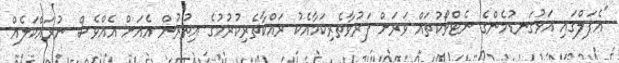
"އެޕަލްގައި އަޅުގަނޑުމެންގެ ނެޓްވޯކުތައް ވަރަށް ފަރުވާތެރިކަމާއެކު ރައްކާތެރިކުރުމުގެ އިތުރުން އެއަށް އެއްވެސް ނުރައްކަލެއް